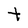
Character: t